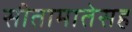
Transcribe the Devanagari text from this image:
सीतामातेसह